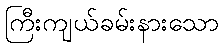
ကြီးကျယ်ခမ်းနားသော